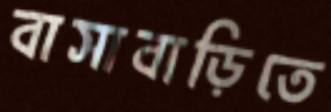
বাসাবাড়িতে